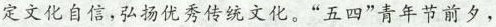
定文化自信，弘扬优秀传统文化。“五四”青年节前夕，